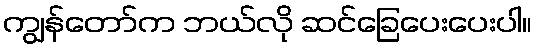
ကျွန်တော်က ဘယ်လို ဆင်ခြေပေးပေးပါ။